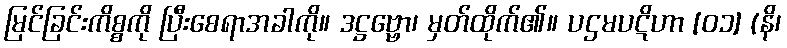
မြင်ခြင်းကိစ္စကို ပြီးစေရာအခါကို။ ဒဋ္ဌဗ္ဗော၊ မှတ်ထိုက်၏။ ပဌမပဋိဟာ [၀၁] (နိ၊